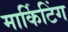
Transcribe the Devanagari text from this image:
मार्किटिंग